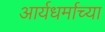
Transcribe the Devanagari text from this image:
आर्यधर्माच्या